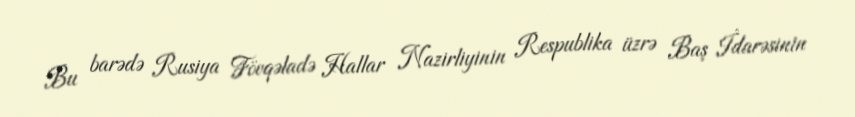
Bu barədə Rusiya Fövqəladə Hallar Nazirliyinin Respublika üzrə Baş İdarəsinin